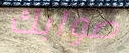
صوابك